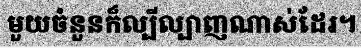
មួយចំនួនក៏ល្បីល្បាញណាស់ដែរ។